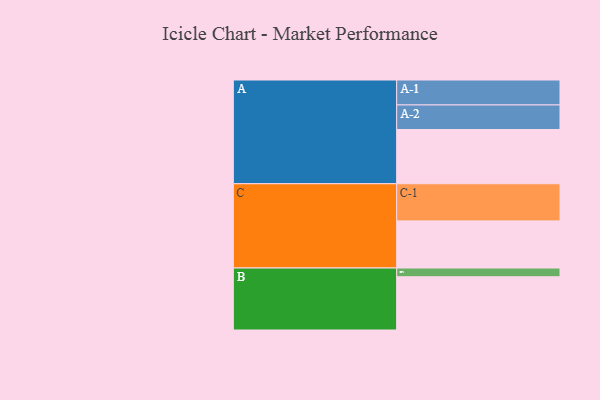
{"axis": {"x": "Segment", "y": "Value"}, "legend": ["", "A", "B", "C"], "data": [{"x": "A", "y": 435, "type": ""}, {"x": "B", "y": 427, "type": ""}, {"x": "C", "y": 378, "type": ""}, {"x": "A-1", "y": 200, "type": "A"}, {"x": "A-2", "y": 197, "type": "A"}, {"x": "B-1", "y": 70, "type": "B"}, {"x": "C-1", "y": 298, "type": "C"}]}